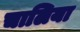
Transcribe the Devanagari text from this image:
चालिया